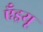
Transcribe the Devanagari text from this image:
एँड्रयू